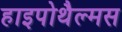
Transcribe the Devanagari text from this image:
हाइपोथैल्मस